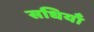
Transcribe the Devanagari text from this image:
सधियाँ